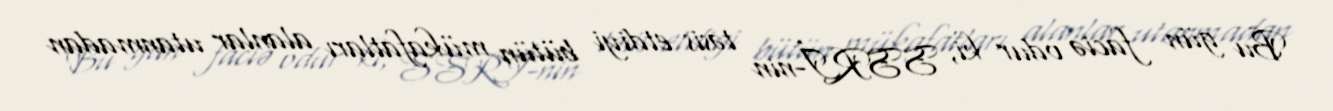
Bu gün faciə odur ki, SSRİ-nin təsis etdiyi bütün mükafatları alanlar utanmadan